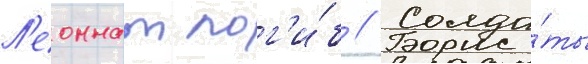
Л'еоннат пог'и́б // Солда́ты